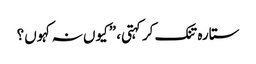
ستارہ تنک کر کہتی، ”کیوں نہ کہوں؟